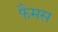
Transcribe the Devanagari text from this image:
फैमस